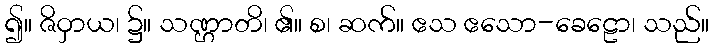
၍။ ဇိဝှာယ၊ ၌။ သဏ္ဌာတိ၊ ၏။ စ၊ ဆက်။ ဧသ ဧသော-ခေဠော၊ သည်။